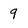
Character: 9